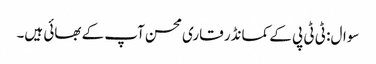
سوال: ٹی ٹی پی کے کمانڈر قاری محسن آپ کے بھائی ہیں۔